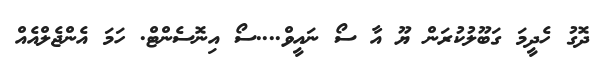
ދޮގު ހެދީމަ ގަބޫލުކުރަން ޔޫ އާ ސޯ ނައީވް....ސޯ އިނޮސެންޓް. ހަމަ އެންޖެލްއެއް